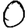
Digit: 0